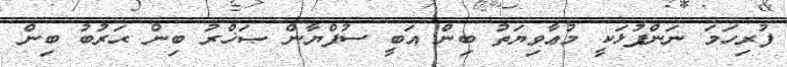
ފުރިހަމަ ނަންފުޅަކީ މުޢާވިޔަތު ބިން އަބީ ސުފްޔާން ޞަޚްރު ބިން ޙަރުބު ބިން